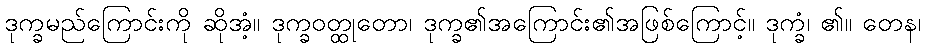
ဒုက္ခမည်ကြောင်းကို ဆိုအံ့။ ဒုက္ခဝတ္ထုတော၊ ဒုက္ခ၏အကြောင်း၏အဖြစ်ကြောင့်။ ဒုက္ခံ၊ ၏။ တေန၊